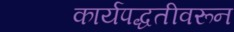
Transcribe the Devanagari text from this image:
कार्यपद्धतीवरून